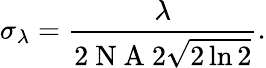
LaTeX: \sigma_{\lambda}=\frac{\lambda}{2\mathrm{~N~A~}2\sqrt{2\ln{2}}}.